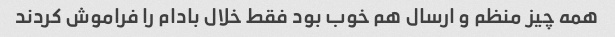
همه چیز منظم و ارسال هم خوب بود فقط خلال بادام را فراموش کردند